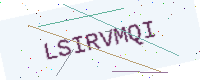
Text: LSIRVMQI